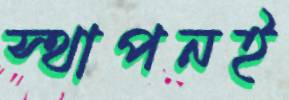
স্থাপনই